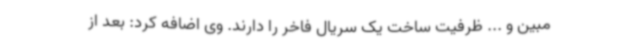
مبین و ... ظرفیت ساخت یک سریال فاخر را دارند. وی اضافه کرد: بعد از